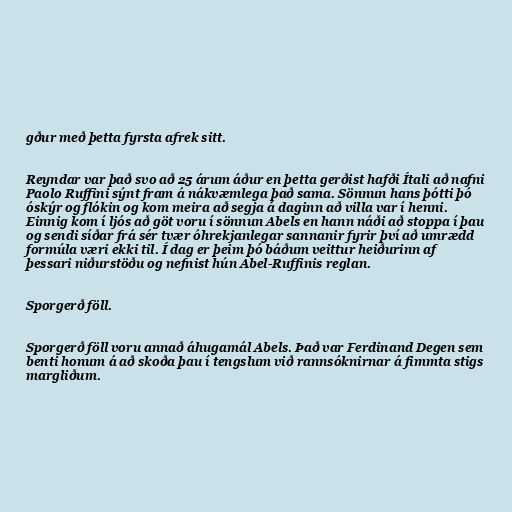
gður með þetta fyrsta afrek sitt.

Reyndar var það svo að 25 árum áður en þetta gerðist hafði Ítali að nafni
Paolo Ruffini sýnt fram á nákvæmlega það sama. Sönnun hans þótti þó
óskýr og flókin og kom meira að segja á daginn að villa var í henni.
Einnig kom í ljós að göt voru í sönnun Abels en hann náði að stoppa í þau
og sendi síðar frá sér tvær óhrekjanlegar sannanir fyrir því að umrædd
formúla væri ekki til. Í dag er þeim þó báðum veittur heiðurinn af
þessari niðurstöðu og nefnist hún Abel-Ruffinis reglan.

Sporgerð föll.

Sporgerð föll voru annað áhugamál Abels. Það var Ferdinand Degen sem
benti honum á að skoða þau í tengslum við rannsóknirnar á fimmta stigs
margliðum.